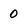
Character: 0